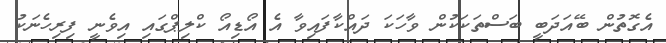
އެގޮތުން ބޭއަދަބީ ބަސްތަކަކުން ވާހަކަ ދައްކާފައިވާ އެ އޯޑިއޯ ކްލިޕްގައި އިވެނީ ފިރިހެނަކު